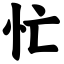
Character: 忙